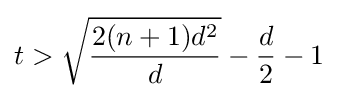
t>{\sqrt {\frac {2(n+1)d^{2}}{d}}}-{\frac {d}{2}}-1